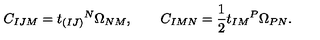
C _ { I J M } = t _ { ( I J ) } { } ^ { N } \Omega _ { N M } , \qquad C _ { I M N } = \frac 1 2 t _ { I M } { } ^ { P } \Omega _ { P N } .